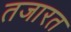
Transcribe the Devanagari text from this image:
तजारत